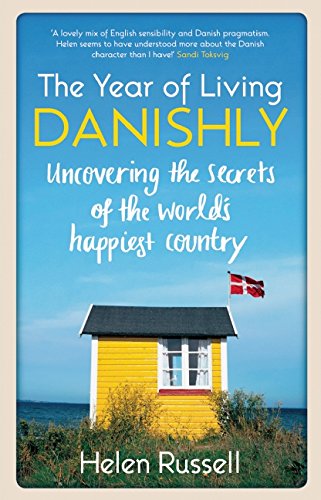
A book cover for The Year of Living Danishly: Uncovering the Secrets of the World's Happiest Country; Helen Russell; History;